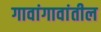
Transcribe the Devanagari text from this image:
गावांगावांतील